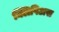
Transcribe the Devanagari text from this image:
क्लिपिअस